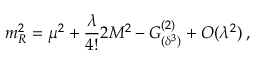
m _ { R } ^ { 2 } = \mu ^ { 2 } + \frac { \lambda } { 4 ! } 2 M ^ { 2 } - G _ { ( \delta ^ { 3 } ) } ^ { ( 2 ) } + { \cal O } ( \lambda ^ { 2 } ) \: ,